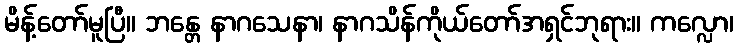
မိန့်တော်မူပြီ။ ဘန္တေ နာဂသေနာ၊ နာဂသိန်ကိုယ်တော်အရှင်ဘုရား။ ကလ္လော၊